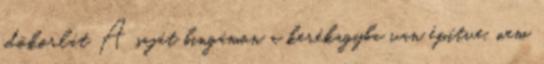
idökorlát A saját bingámon a kerékagyba van építve, nem